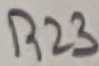
Text: R23